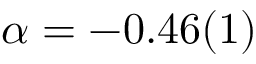
\alpha = - 0 . 4 6 ( 1 )